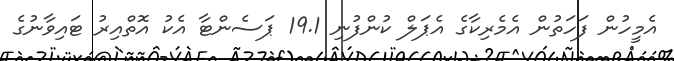
އެމީހުން ފަހަތުން އެމެރިކާގެ އެޕަލް ކުންފުނި 19.1 ޕަސެންޓާ އެކު އޮތްއިރު ޓައިވާނުގެ